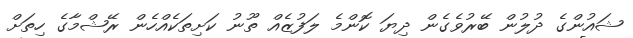
ޝައުންގެ ދުލުން ބޭރުވެގެން ދިޔަ ކޮންމެ ލަފުޒެއް ތޫނު ކަށިތަކެއްހެން ރޭޝްމާގެ ހިތަށް